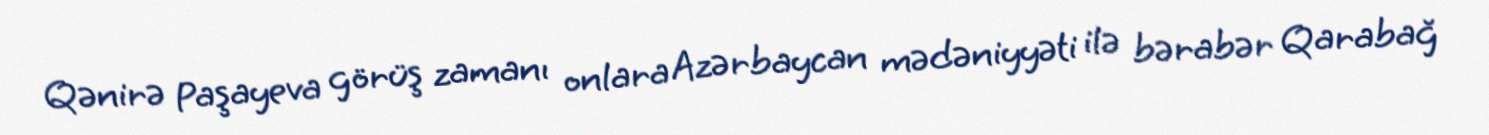
Qənirə Paşayeva görüş zamanı onlara Azərbaycan mədəniyyəti ilə bərabər Qarabağ